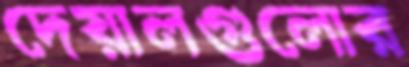
দেয়ালগুলোর